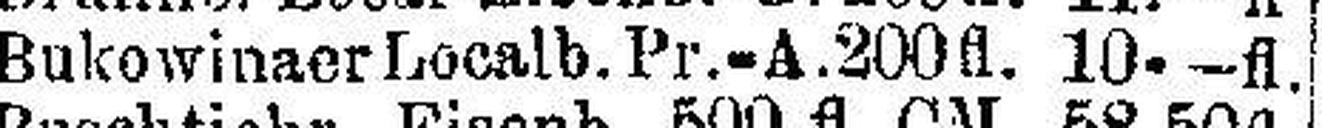
Bukowinaer Localb. Pr.-A. 200 fl. 10.—fl.